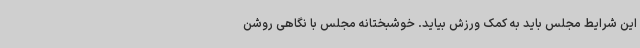
این شرایط مجلس باید به کمک ورزش بیاید. خوشبختانه مجلس با نگاهی روشن